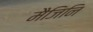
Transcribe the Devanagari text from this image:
मैजिनि